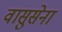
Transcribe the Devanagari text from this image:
वासुसेना